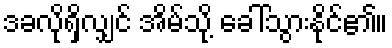
ဒခလိုရှိလျှင် အိမ်သို့ ခေါ်သွားနိုင်၏။